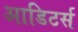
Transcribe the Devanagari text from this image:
आडिटर्स